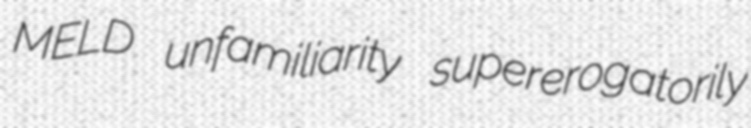
MELD unfamiliarity supererogatorily